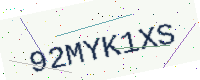
Text: 92MYK1XS